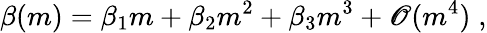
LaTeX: \beta(m)=\beta_{1}m+\beta_{2}m^{2}+\beta_{3}m^{3}+\mathscr{O}(m^{4})\; ,